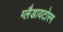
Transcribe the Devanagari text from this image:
ग्लैडायटोरम